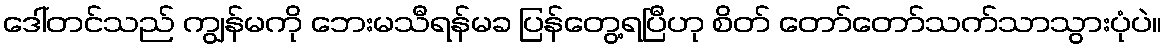
ဒေါ်တင်သည် ကျွန်မကို ဘေးမသီရန်မခ ပြန်တွေ့ရပြီဟု စိတ် တော်တော်သက်သာသွားပုံပဲ။